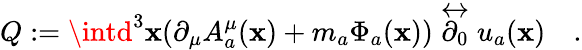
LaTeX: Q:=\intd^{3}\mathbf{x}(\partial_{\mu}A_{a}^{\mu}(\mathbf{x})+m_{a}\Phi_{a}(\mathbf{x}))\stackrel{\leftrightarrow}{\partial_{0}}u_{a}(\mathbf{x})\quad.